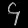
Digit: ၄